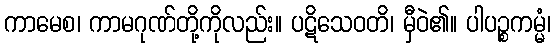
ကာမေစ၊ ကာမဂုဏ်တို့ကိုလည်း။ ပဋိသေဝတိ၊ မှီဝဲ၏။ ပါပဉ္စကမ္မံ၊